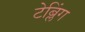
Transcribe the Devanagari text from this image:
टेब्लिंग